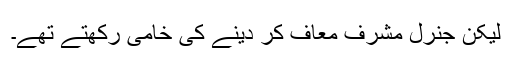
لیکن جنرل مشرف معاف کر دینے کی خامی رکھتے تھے۔